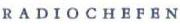
RADIOCHEFEN